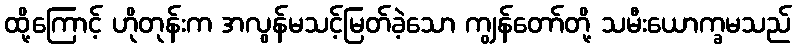
ထို့ကြောင့် ဟိုတုန်းက အလွန်မသင့်မြတ်ခဲ့သော ကျွန်တော်တို့ သမီးယောက္ခမသည်